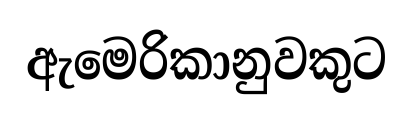
ඇමෙරිකානුවකුට